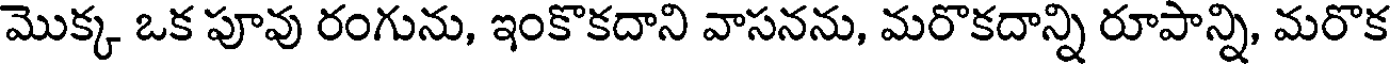
మొక్క ఒక పూవు రంగును, ఇంకొకదాని వాసనను, మరొకదాన్ని రూపాన్ని, మరొక